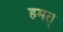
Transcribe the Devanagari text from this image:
हमत्